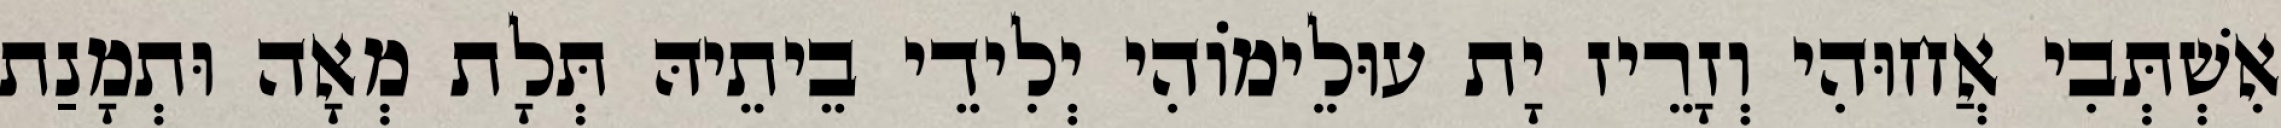
אִשְׁתְּבִי אֲחוּהִי וְזָרֵיז יָת עוּלֵימוֹהִי יְלִידֵי בֵיתֵיהּ תְּלָת מְאָה וּתְמָנַת